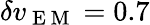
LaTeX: \delta v_{\mathrm{~E~M~}}=0.7